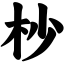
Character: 杪